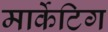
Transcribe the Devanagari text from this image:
मार्केटिग